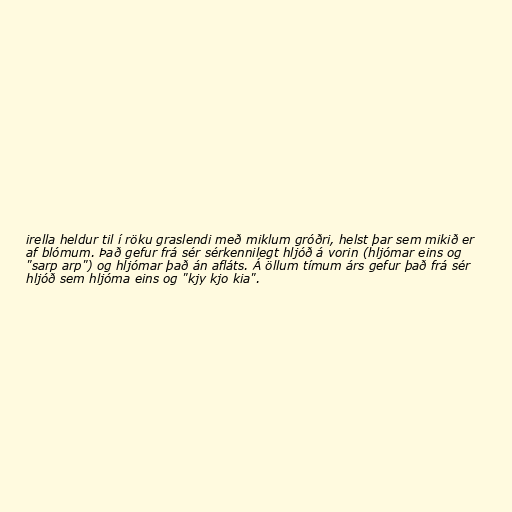
irella heldur til í röku graslendi með miklum gróðri, helst þar sem mikið er
af blómum. Það gefur frá sér sérkennilegt hljóð á vorin (hljómar eins og
"sarp arp") og hljómar það án afláts. Á öllum tímum árs gefur það frá sér
hljóð sem hljóma eins og "kjy kjo kia".